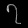
Digit: ၇